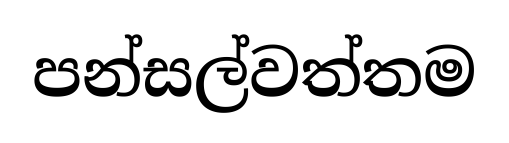
පන්සල්වත්තම